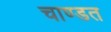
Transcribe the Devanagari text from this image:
चाण्डत